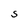
Character: S